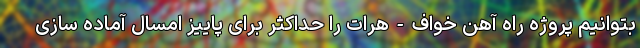
بتوانیم پروژه راه آهن خواف-هرات را حداکثر برای پاییز امسال آماده سازی